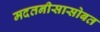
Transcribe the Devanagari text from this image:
मदतनीसासोबत